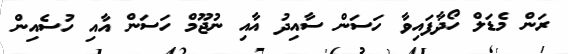
ރަން މެޑަލް ހޯދާފައިވާ ހަސަން ސާއިދު އާއި ނުޖޫމް ހަސަން އާއި ހުސެއިން